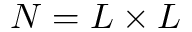
N = L \times L